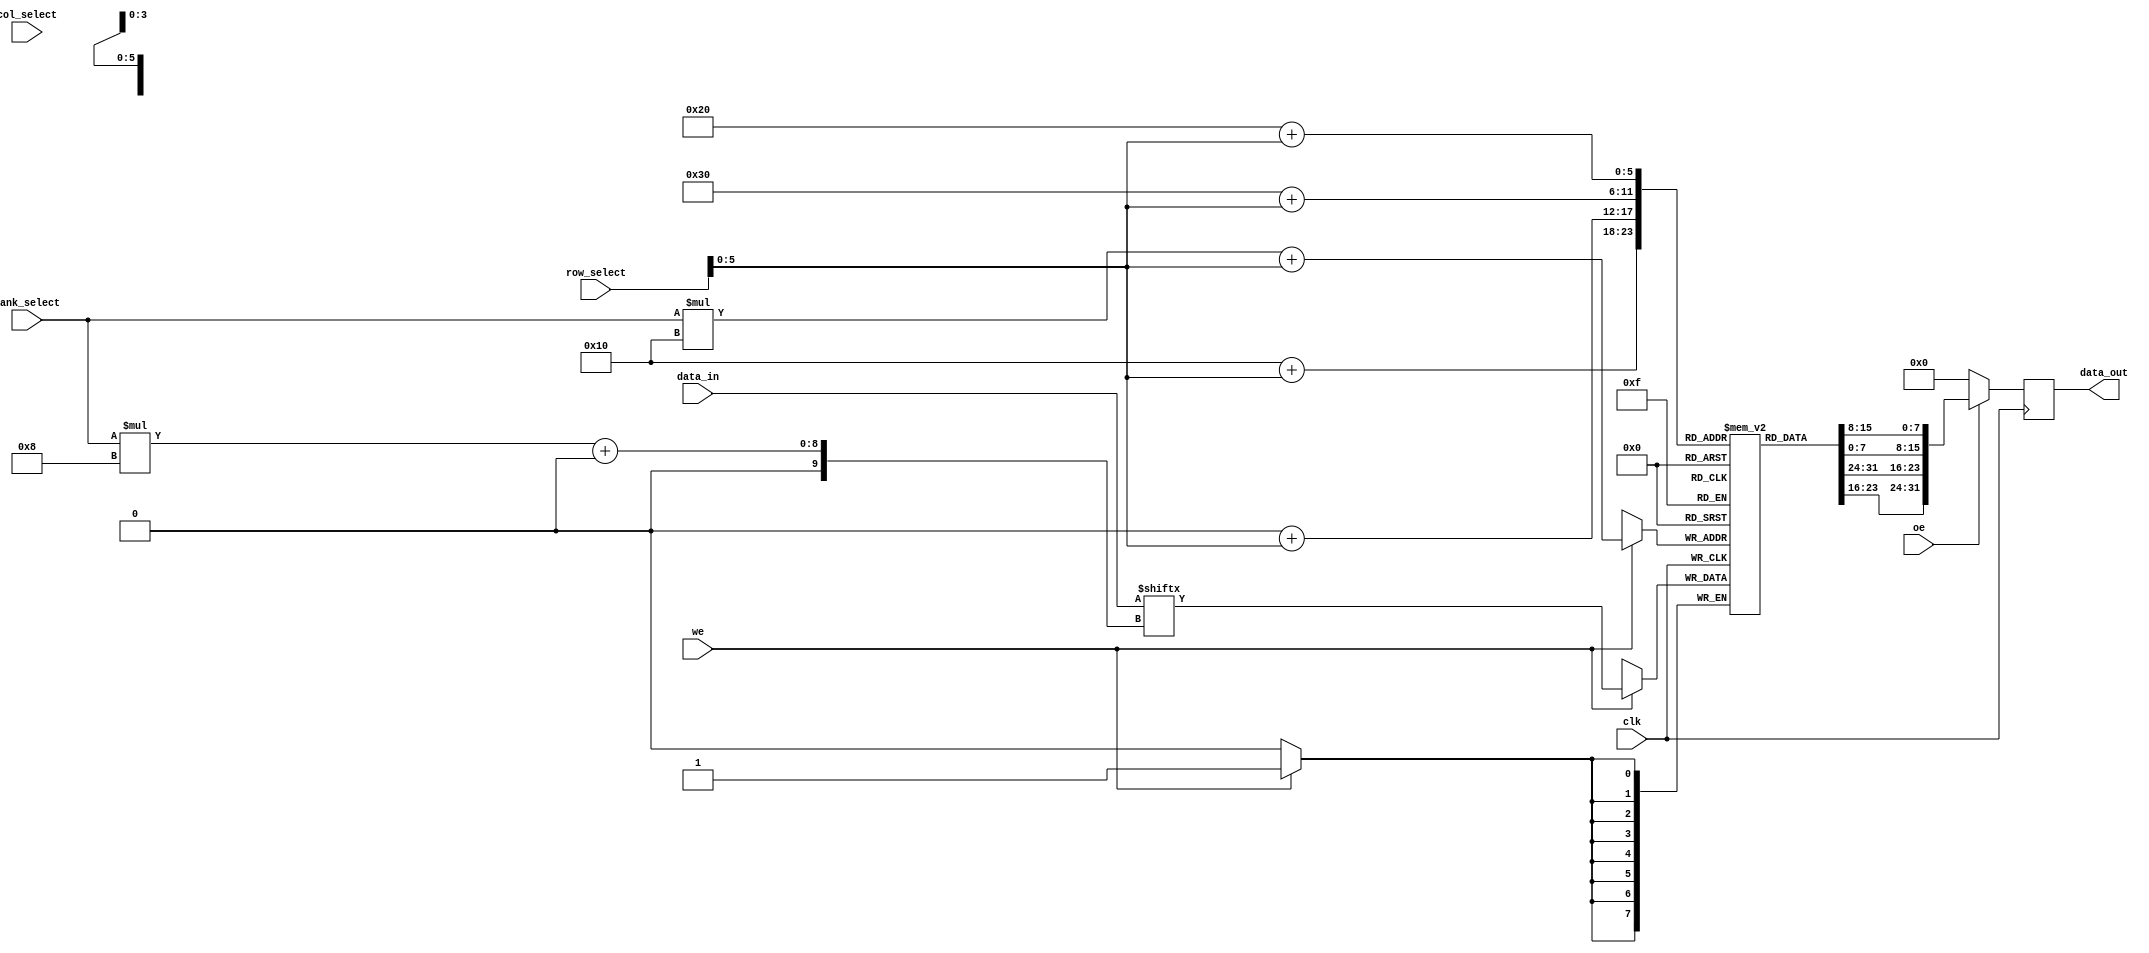
module multibank_sram #(
    parameter N_BANKS = 4,      // Number of banks
    parameter ROWS = 16,        // Number of rows per bank
    parameter COLS = 8           // Number of columns per bank
)(
    input wire clk,              // Clock signal
    input wire [N_BANKS-1:0] bank_select, // Bank select signal
    input wire [ROWS-1:0] row_select,      // Row select signal
    input wire [COLS-1:0] col_select,      // Column select signal
    input wire [N_BANKS*COLS-1:0] data_in, // Data input for all banks
    input wire we,               // Write enable
    input wire oe,               // Output enable
    output reg [N_BANKS*COLS-1:0] data_out // Data output for all banks
);

    // Memory array declaration
    reg [COLS-1:0] memory [0:N_BANKS-1][0:ROWS-1]; // 2D array for banks and rows

    // Write operation
    always @(posedge clk) begin
        if (we) begin
            memory[bank_select][row_select] <= data_in[bank_select * COLS +: COLS];
        end
    end

    // Read operation
    always @(posedge clk) begin
        if (oe) begin
            data_out <= {memory[0][row_select], memory[1][row_select], 
                          memory[2][row_select], memory[3][row_select]};
        end else begin
            data_out <= 0; // Disable output if OE is low
        end
    end

endmodule